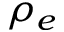
\rho _ { e }